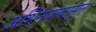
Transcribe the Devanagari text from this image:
अभिनयापासून